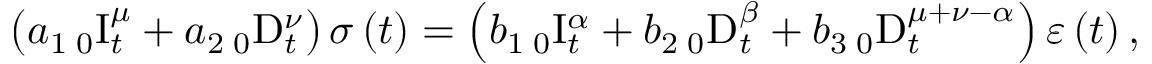
\left( a _ { 1 } \, _ { 0 } \mathrm { I } _ { t } ^ { \mu } + a _ { 2 } \, _ { 0 } \mathrm { D } _ { t } ^ { \nu } \right) \sigma \left( t \right) = \left( b _ { 1 } \, _ { 0 } \mathrm { I } _ { t } ^ { \alpha } + b _ { 2 } \, _ { 0 } \mathrm { D } _ { t } ^ { \beta } + b _ { 3 } \, _ { 0 } \mathrm { D } _ { t } ^ { \mu + \nu - \alpha } \right) \varepsilon \left( t \right) ,